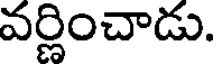
వర్ణించాడు.